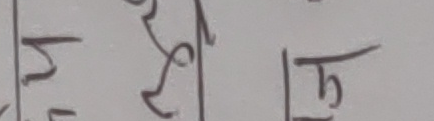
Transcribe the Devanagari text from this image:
ठु